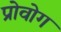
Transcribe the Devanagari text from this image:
प्रोवोग